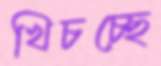
খিচচ্ছে